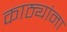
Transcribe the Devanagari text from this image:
काठ्यांना